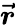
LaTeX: \boldsymbol{\vec{r}}